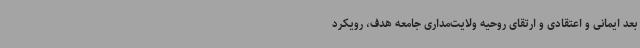
بعد ایمانی و اعتقادی و ارتقای روحیه ولایت‌مداری جامعه هدف، رویکرد